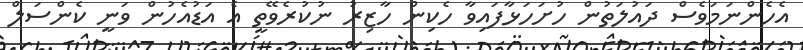
އެހެންނަމަވެސް ދައުލަތުން ހުށަހަޅާފައިވާ ހެކިން ހާޒިރު ނުކުރެވޭތީ އެ އަޑުއެހުން ވަނީ ކެންސަލް